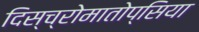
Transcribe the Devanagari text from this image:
दिस्च्रोमातोप्सिया